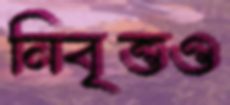
নিবৃত্তও